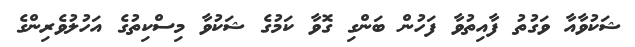
ޝަކުވާއާ ވަގުތު ފާއިތުވާ ފަހުން ބަންގި ގޮވާ ކަމުގެ ޝަކުވާ މިސްކިތުގެ އަހުލުވެރިންގެ